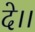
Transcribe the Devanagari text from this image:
दे।।